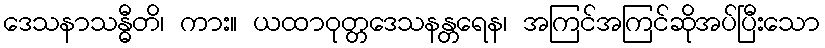
ဒေသနာသန္ဓီတိ၊ ကား။ ယထာဝုတ္တဒေသနန္တရေန၊ အကြင်အကြင်ဆိုအပ်ပြီးသော